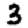
Digit: 3